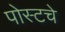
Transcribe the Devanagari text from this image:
पोस्टचे